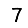
Digit: 7